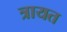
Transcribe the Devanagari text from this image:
त्रायत